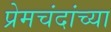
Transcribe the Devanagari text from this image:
प्रेमचंदांच्या